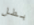
بطل